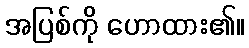
အပြစ်ကို ဟောထား၏။